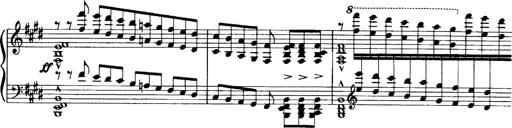
Title: OuvertÃ¼re zu TannhÃ¤user
Composer: Franz Liszt